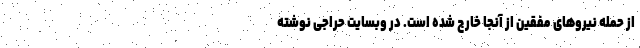
از حمله نیروهای مفقین از آنجا خارج شده است. در وبسایت حراجی نوشته